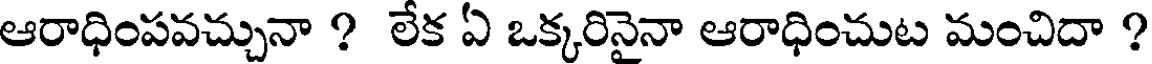
ఆరాధింపవచ్చునా ? లేక ఏ ఒక్కరినైనా ఆరాధించుట మంచిదా ?